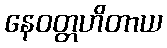
နေဝတ္တဟိတာယ